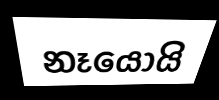
නෑයොයි